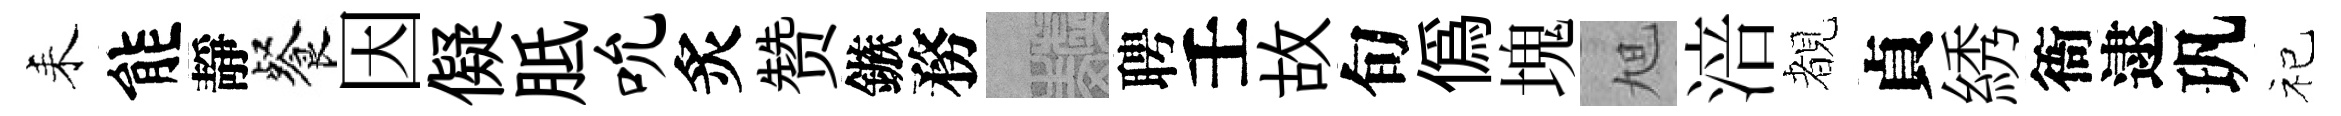
耒能靜餐因儗胝吮炙赞鏃務熙聘壬故旬偽塊旭涪覩貞綉衙逮㺬祀